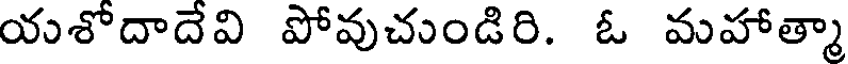
యశోదాదేవి పోవుచుండిరి. ఓ మహాత్మా